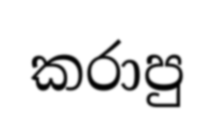
කරාපු